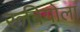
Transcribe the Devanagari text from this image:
रूबियोला